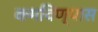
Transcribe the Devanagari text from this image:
कमविण्यास